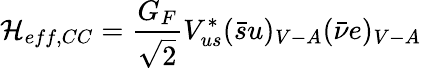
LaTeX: {\cal H}_{eff,CC}=\frac{G_{F}}{\sqrt{2}}V_{us}^{*}(\bar{s}u)_{V-A}(\bar{\nu}e)_{V-A}